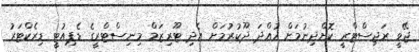
ޖޭވީ ރަޖިސްޓްރީ ކޮށްދިނުމަށް ހުއްދަ ދޫކުރުމަށް އެދި ޓޫރިޒަމް މިނިސްޓްރީގެ ޑެޕިއުޓީ ޑިރެކްޓަރު